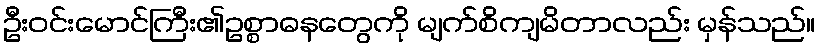
ဦးဝင်းမောင်ကြီး၏ဥစ္စာဓနတွေကို မျက်စိကျမိတာလည်း မှန်သည်။